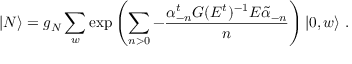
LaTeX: | N \rangle = g _ { N } \sum _ { w } \exp \left( \sum _ { n > 0 } - \frac { \alpha _ { - n } ^ { t } G ( E ^ { t } ) ^ { - 1 } E \tilde { \alpha } _ { - n } } { n } \right) | 0 , w \rangle \ .